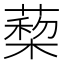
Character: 蔾